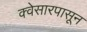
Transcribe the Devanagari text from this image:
क्वेसारपासून